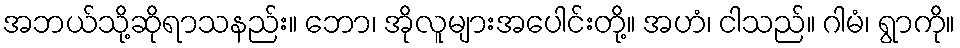
အဘယ်သို့ဆိုရာသနည်း။ ဘော၊ အိုလူများအပေါင်းတို့။ အဟံ၊ ငါသည်။ ဂါမံ၊ ရွာကို။